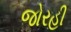
જોરહી